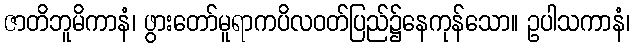
ဇာတိဘူမိကာနံ၊ ဖွားတော်မူရာကပိလဝတ်ပြည်၌နေကုန်သော။ ဥပါသကာနံ၊